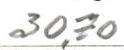
30,70